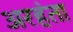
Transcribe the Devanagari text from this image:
अरहंता